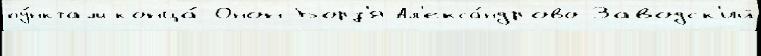
пу́нктам конца́ Онон-Борз'я Ал'екса́ндрово-Заводск'ий